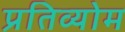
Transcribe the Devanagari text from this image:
प्रतिव्योम